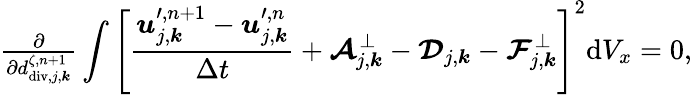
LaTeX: \begin{array}{r}{\frac{\partial}{\partial d_{\mathrm{div},j,\boldsymbol{k}}^{\zeta,n+1}}\displaystyle\int\left[\frac{\boldsymbol{u}_{j,\boldsymbol{k}}^{\prime,n+1}-\boldsymbol{u}_{j,\boldsymbol{k}}^{\prime,n}}{\Delta t}+\boldsymbol{\mathcal{A}}_{j,\boldsymbol{k}}^{\bot}-\boldsymbol{\mathcal{D}}_{j,\boldsymbol{k}}-\boldsymbol{\mathcal{F}}_{j,\boldsymbol{k}}^{\bot}\right]^{2}\mathrm{d}V_{x}=0,}\end{array}